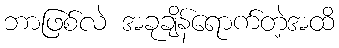
ဘာဖြစ်လဲ အခုချိန်ရောက်တဲ့အထိ